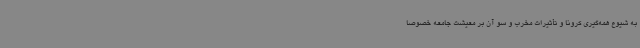
به شیوع همه‌گیری کرونا و تأثیرات مخرب و سو آن بر معیشت جامعه خصوصاً